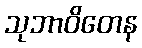
သုဘာဝိတေန